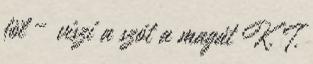
föl – viszi a szót a magát K. T.